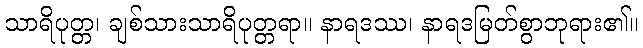
သာရိပုတ္တ၊ ချစ်သားသာရိပုတ္တရာ။ နာရဒဿ၊ နာရဒမြတ်စွာဘုရား၏။